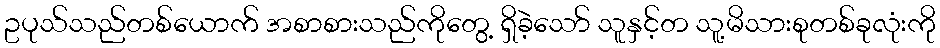
ဥပုသ်သည်တစ်ယောက် အစာစားသည်ကိုတွေ့ ရှိခဲ့သော် သူနှင့်တ သူ့မိသားစုတစ်ခုလုံးကို